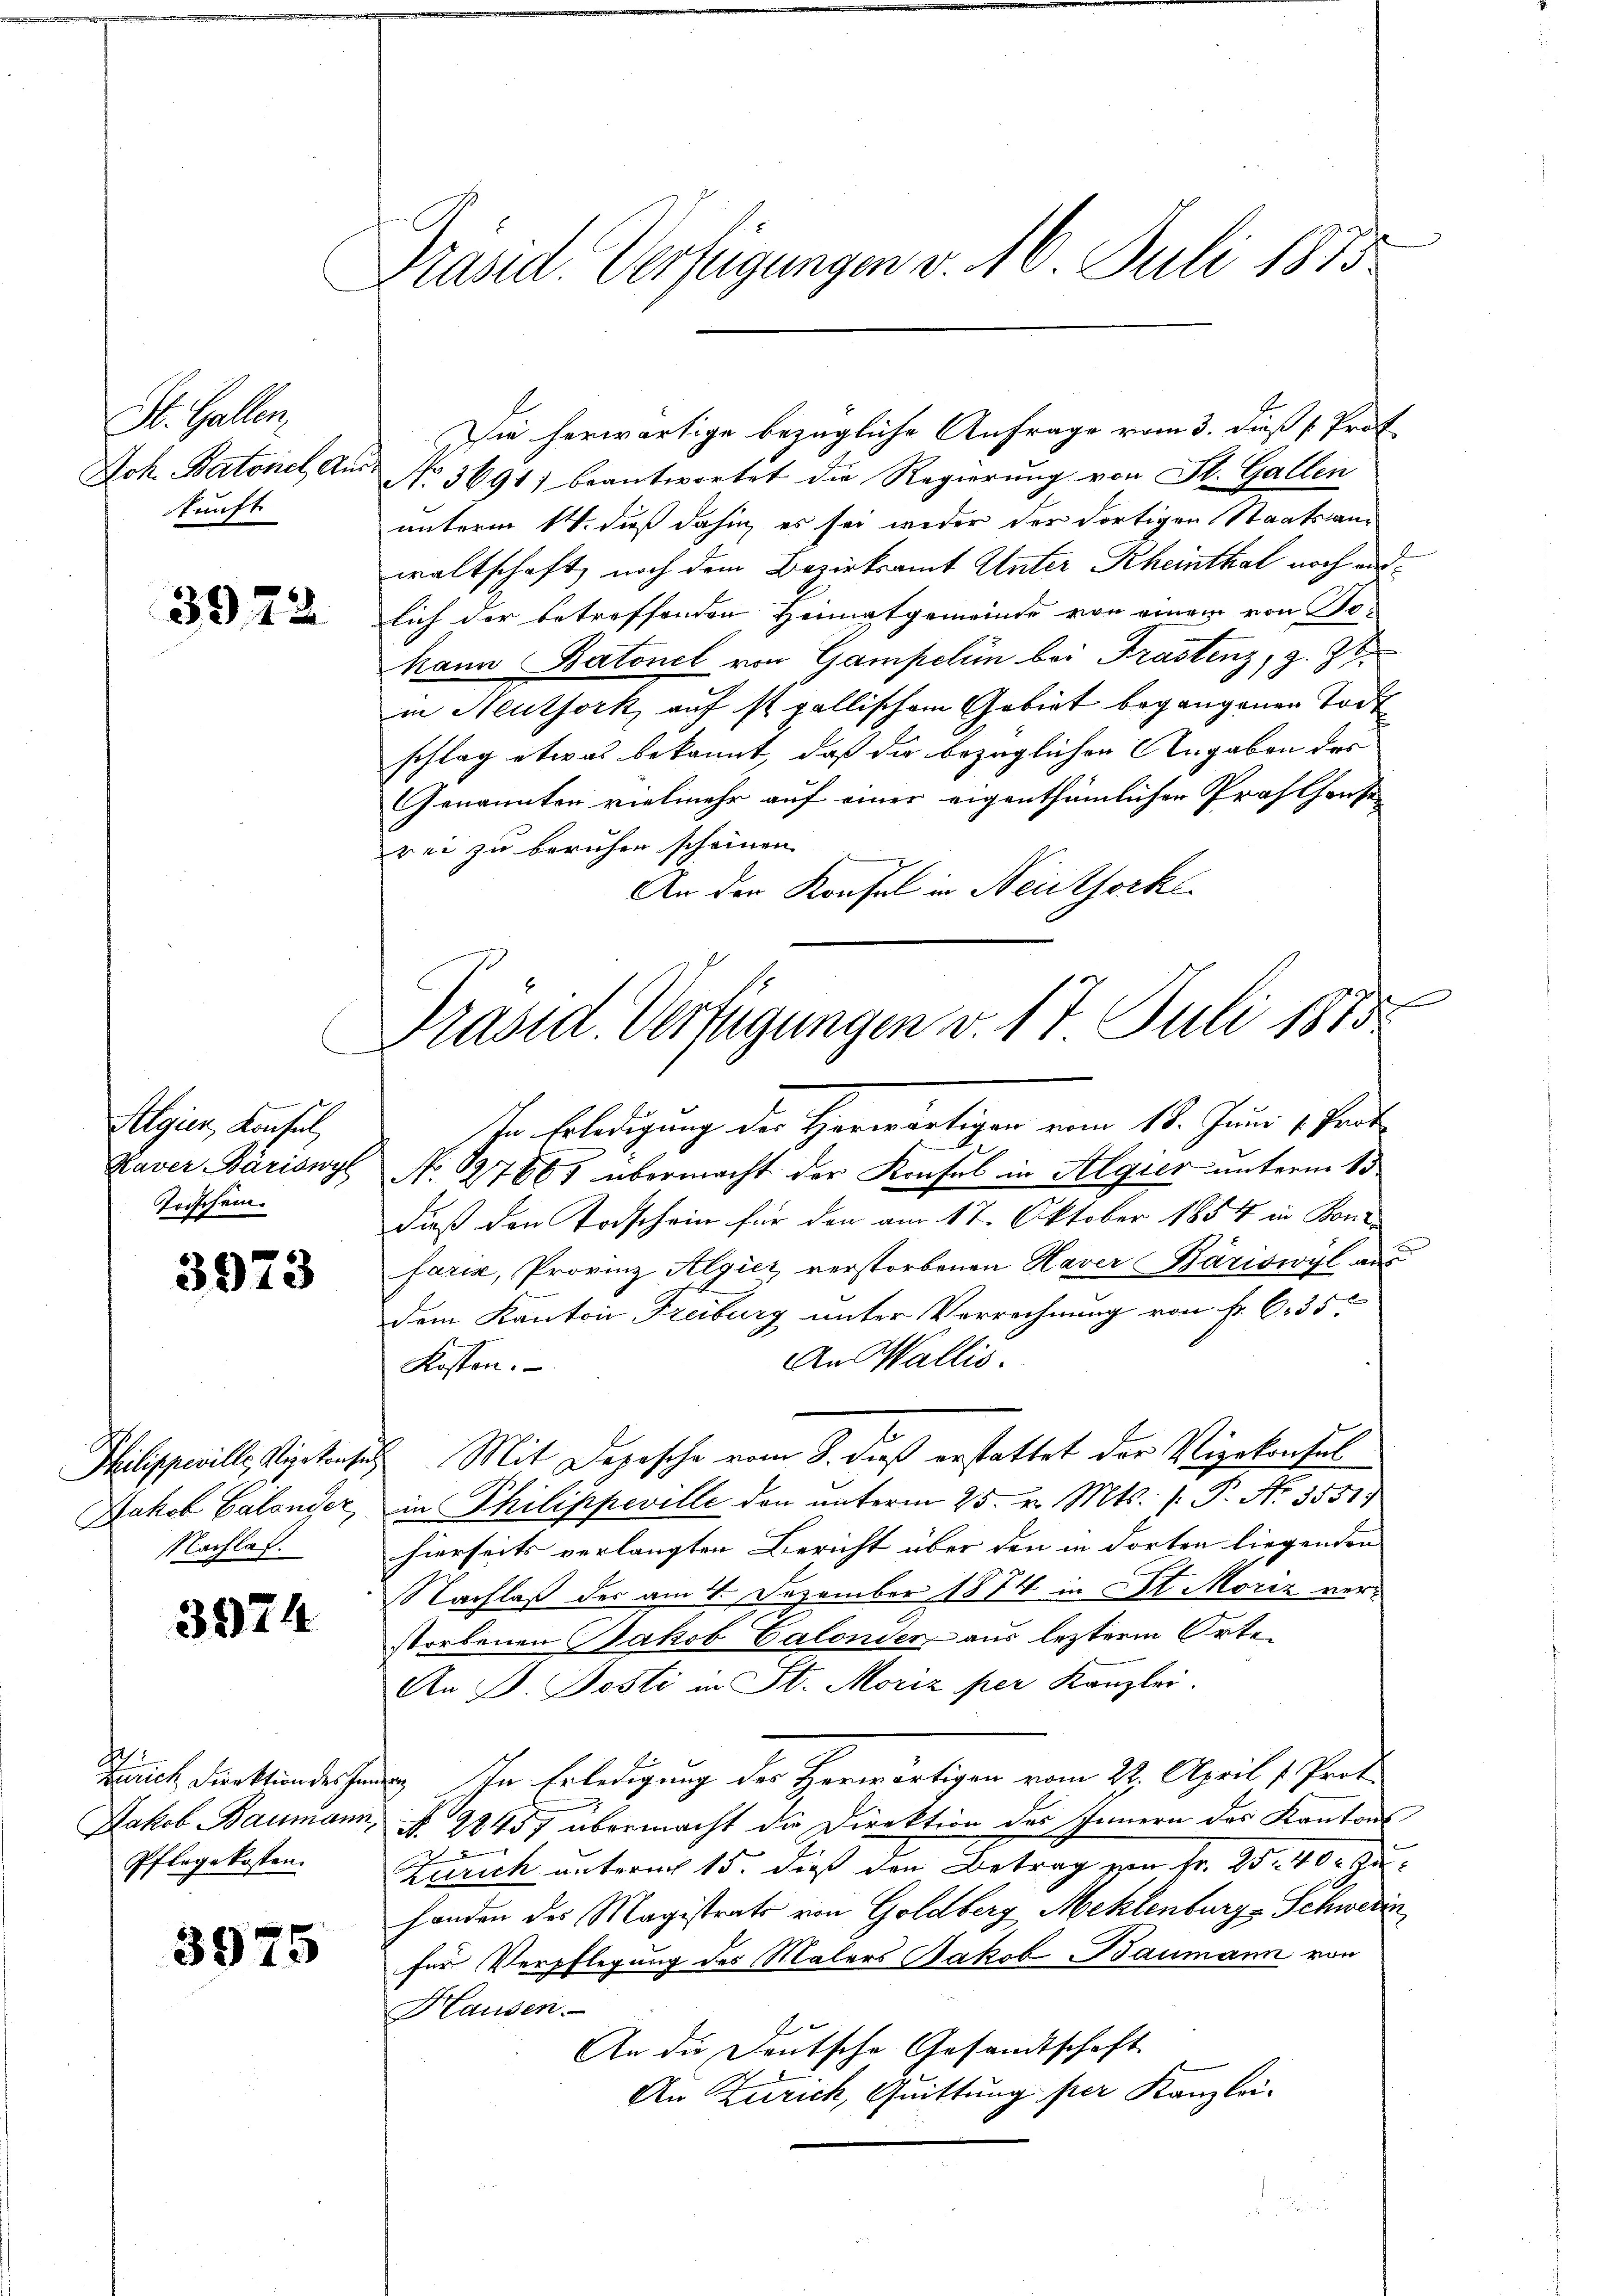
St. Gallen.
kunft

3972

Algier, Konsul
Trischein.

3973

Nachlas.

3974

Die herwärtige bezügliche Anfrage vom 3. dieß Prof
Dok. Batone Aus No 3691) beantwortet die Regierung von St. Gallen
unterm 14. daß dahin, es sei wider der dortigen Staatsanwaltschaft, nach dem Bezirksamt Unter Rheinthal noch and
lich der betreffenden Heimatgemeinde von einem von Sohann Batonel von Gampelin bei Prastenz, z. Z.
in Neuthork, auf ist gallischem Gebiet begangenen Todt
schlag etwas bekannt, daß die bezüglichen Angaben des
Genannten vielmehr auf einer eigenthümlichen Proflhausen
rei zu beruhen scheinen
An der Konfel in Neidthork
t
In Erledigung der Herwärtigen vom 18. Juni 1 Peut
Daver Bäriswyl No 127867 übermacht der Konsul in Algier unterm 15
daß den Todschein für den am 17. Oktober 1854 in Boni
farik, Provinz Algier, verstorbenen Haver Bäriswyl aus
dem Kanton Freiburg unter Verrechnung von Fr. 635
An Wallis.
Kosten.
x
Hilippeville, Vizekonsich Mit Depesche vom 8. dieß erstattet der Vizekonsul
Jakob Galonzer, in Philippeville den unterm 25. v. Mts. f. P. Nr. 3551.
hierseits verlangten Bericht über den in dorten liegenden
Nachlaß des am 4. Dezember 1874 in St. Moriz verstorbenen Jakob Calonder aus letzterm Orte
An V. Posti in St. Moriz per Kanzlei.
Zürich Direktundessen. In Erledigung des Herwärtigen vom 22. April 1. Prot.
Jakob Baumann § 2345, übermacht die Direktion des Innern des Kantons
Zürich unterm 15. dieß den Betrag von Fr. 25 40 Kuhanden des Magistrats von Goldberg Mehlenburg-Schwerin
für Verpflegung des Malers Jakob Baumann von
Hausen.
An die Deutsche Gesandtschaft
An Zürich, Quittung per Kanzlei-

Pflegekosten.

3975

Präsid. Verfügungen v. 16. Juli 1873.

Präsid. Verfügungen v. 17 Juli 1875.